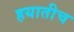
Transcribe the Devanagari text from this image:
हयातीच